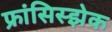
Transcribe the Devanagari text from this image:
फ्रांसिस्झेक